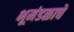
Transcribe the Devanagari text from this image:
भूमंडळाचे